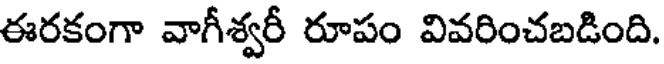
ఈరకంగా వాగీశ్వరీ రూపం వివరించబడింది.